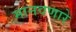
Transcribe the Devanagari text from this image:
मानवणारे